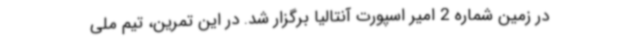
در زمین شماره 2 امیر اسپورت آنتالیا برگزار شد. در این تمرین، تیم ملی